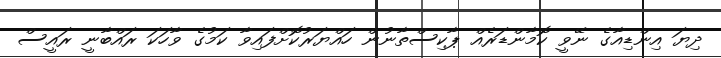
ދިޔަ އިންޑިއާގެ ނޭވީ ކޮމާންޑަރެއް ޕާކިސްތާނުން ހައްޔަރުކޮށްފައިވާ ކަމުގެ ވާހަކަ ރައްބާނީ ރައީސް